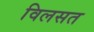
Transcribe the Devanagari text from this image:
विलसत